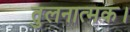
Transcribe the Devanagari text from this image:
तुलनात्मक।